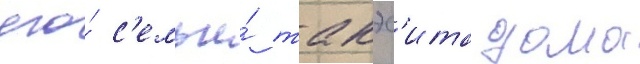
его́ с'емьи́ такэс'ита дома